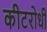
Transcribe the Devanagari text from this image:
कीटरोधी